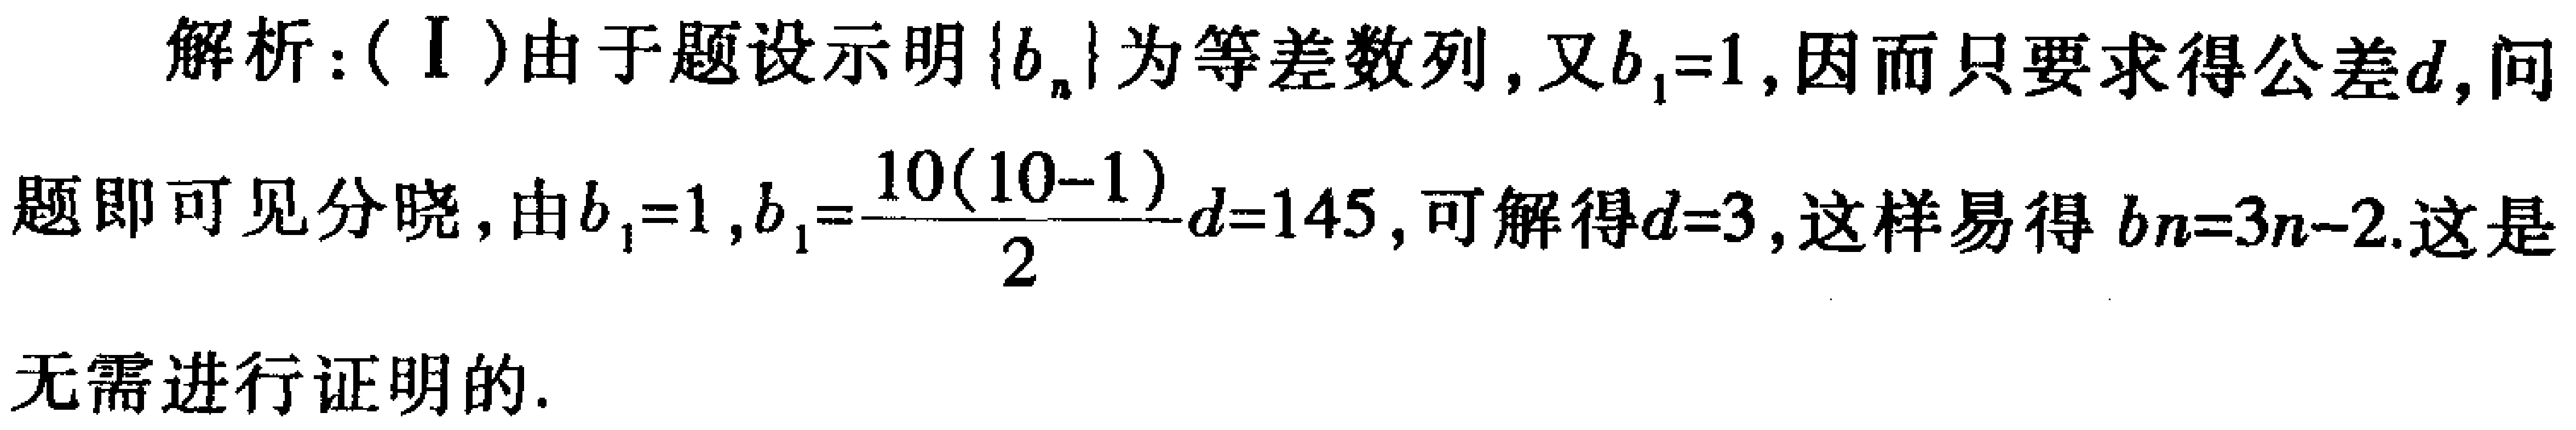
解析：(Ⅰ)由于题设示明\(\{b_{n}\}\)为等差数列，又\(b_{1}=1\)，因而只要求得公差\(d\)，问题即可见分晓，由\(b_{1}=1\)，\(S_{10}=10b_{1}+\frac{10(10 - 1)}{2}d=145\)，可解得\(d = 3\)，这样易得\(b_{n}=3n - 2\).这是无需进行证明的.